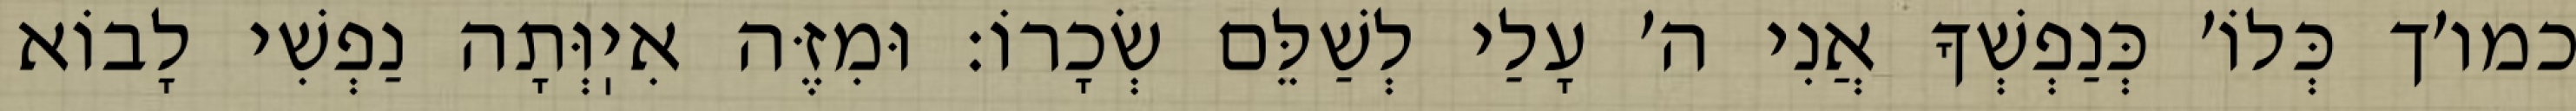
כמו׳ך כְּלוֹ׳ כְּנַפְשְׁךָ אֲנִי ה׳ עָלַי לְשַׁלֵּם שְׂכָרוֹ: וּמִזֶּה אִיֽוְּתָה נַפְשִׁי לָבוֹא